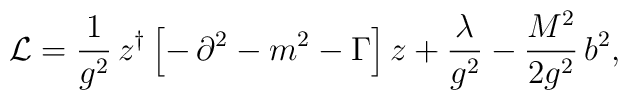
{\cal L}=\frac{1}{g^2}\,z^\dagger\left[-\,\partial^2 -m^2-\Gamma\right]z+\frac{\lambda}{g^2}-\frac{M^2}{2g^2}\,b^2,